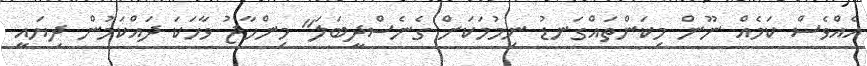
އެއްވެސް ކަމެއް ނޫން މިކަންތައްގަނޑު ނިމުމަކަށް ގެނެސްދީބަލަ" މިންހާޖު ވާހަކަ ދައްކަމުން ދިޔައީ